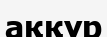
аққұр